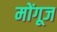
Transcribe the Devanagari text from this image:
मोंगूज